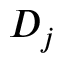
D _ { j }